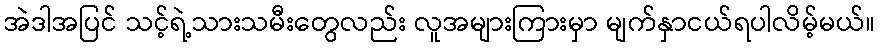
အဲဒါအပြင် သင့်ရဲ့သားသမီးတွေလည်း လူအများကြားမှာ မျက်နှာငယ်ရပါလိမ့်မယ်။